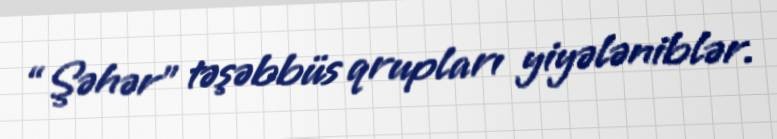
“Şəhər” təşəbbüs qrupları yiyələniblər.